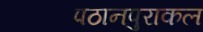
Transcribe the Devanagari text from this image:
पठानपुराकल